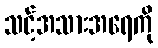
သင့်အသားအရေကို